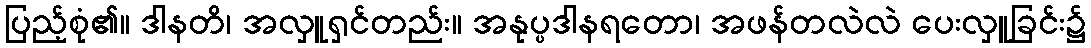
ပြည့်စုံ၏။ ဒါနတိ၊ အလှူရှင်တည်း။ အနုပ္ပဒါနရတော၊ အဖန်တလဲလဲ ပေးလှူခြင်း၌